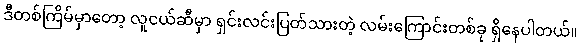
ဒီတစ်ကြိမ်မှာတော့ လူငယ်ဆီမှာ ရှင်းလင်းပြတ်သားတဲ့ လမ်းကြောင်းတစ်ခု ရှိနေပါတယ်။